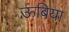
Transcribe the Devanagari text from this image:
ऊंबिया